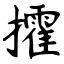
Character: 攉